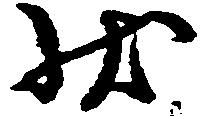
状